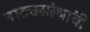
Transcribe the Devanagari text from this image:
नाट्यसंस्थांची